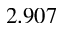
2 . 9 0 7